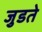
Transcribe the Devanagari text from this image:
जुडते